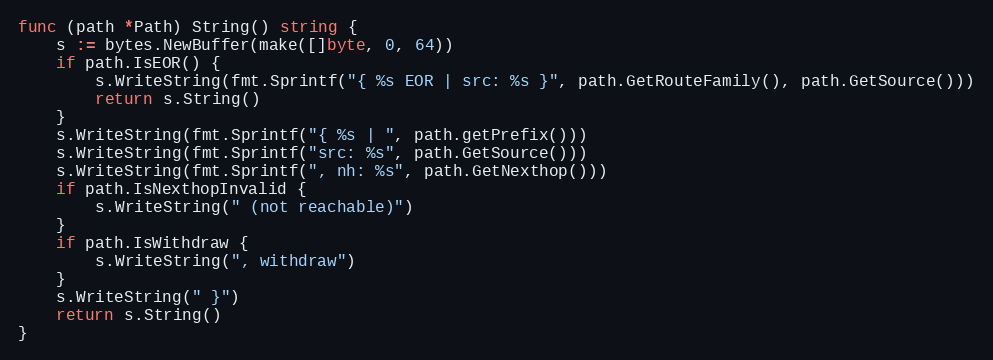
Language: Go
func (path *Path) String() string {
	s := bytes.NewBuffer(make([]byte, 0, 64))
	if path.IsEOR() {
		s.WriteString(fmt.Sprintf("{ %s EOR | src: %s }", path.GetRouteFamily(), path.GetSource()))
		return s.String()
	}
	s.WriteString(fmt.Sprintf("{ %s | ", path.getPrefix()))
	s.WriteString(fmt.Sprintf("src: %s", path.GetSource()))
	s.WriteString(fmt.Sprintf(", nh: %s", path.GetNexthop()))
	if path.IsNexthopInvalid {
		s.WriteString(" (not reachable)")
	}
	if path.IsWithdraw {
		s.WriteString(", withdraw")
	}
	s.WriteString(" }")
	return s.String()
}